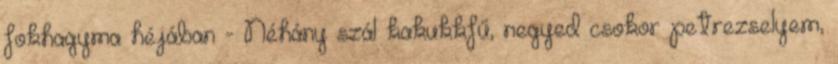
fokhagyma héjában - Néhány szál kakukkfű, negyed csokor petrezselyem,